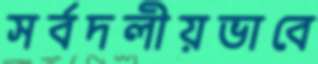
সর্বদলীয়ভাবে